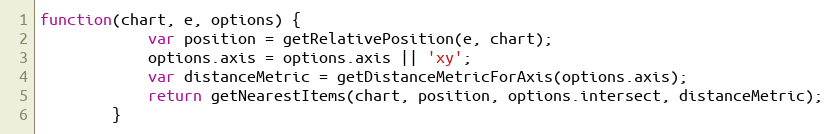
Language: JavaScript
function(chart, e, options) {
			var position = getRelativePosition(e, chart);
			options.axis = options.axis || 'xy';
			var distanceMetric = getDistanceMetricForAxis(options.axis);
			return getNearestItems(chart, position, options.intersect, distanceMetric);
		}